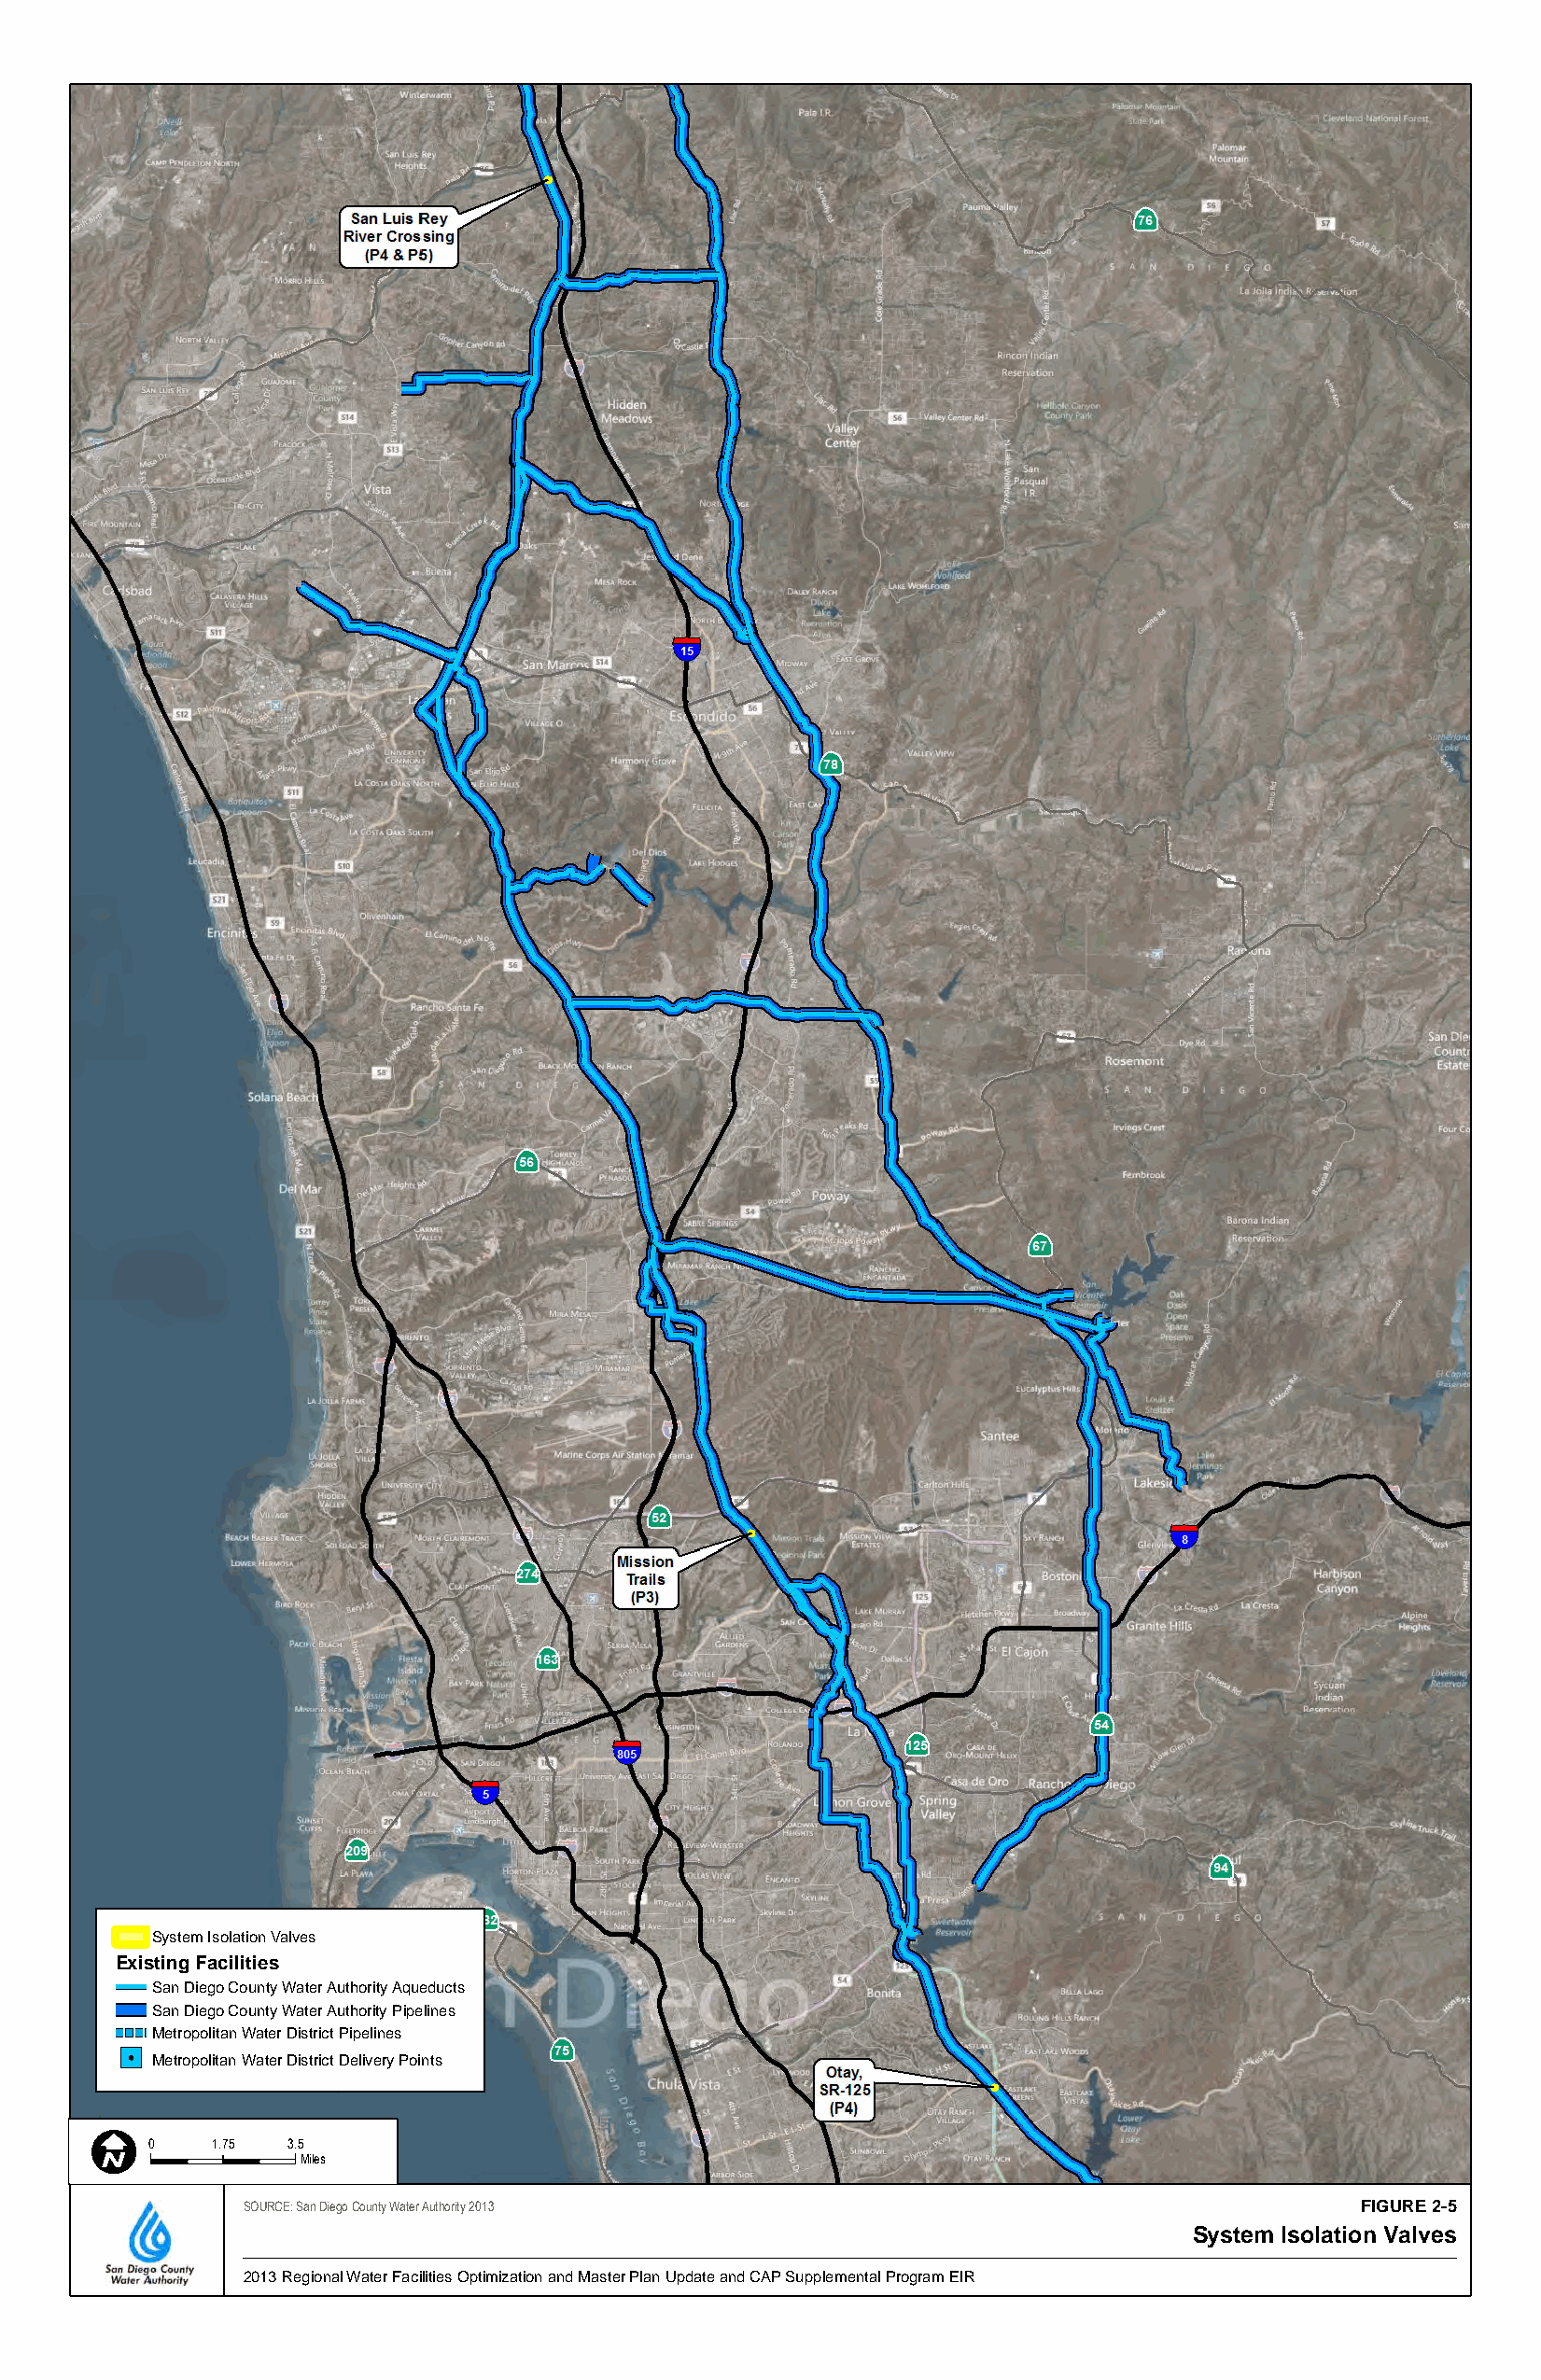
System Isolation Valves
 Existing Facilities
 San Diego County Water Authority Aqueducts
 San Diego County Water Authority Pipelines
 Metropolitan Water District Pipelines
 Metropolitan Water District Delivery Points
 0    1.75 3.5
 Miles
 SOURCE: San Diego County Water Authority 2013                                   FIGURE 2-5
 System Isolation Valves
 2013 Regional Water Facilities Optimization and Master Plan Update and CAP Supplemental Program EIR DRAFT/FINAL